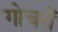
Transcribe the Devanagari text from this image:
गोचरों